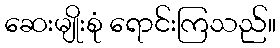
ဆေးမျိုးစုံ ရောင်းကြသည်။